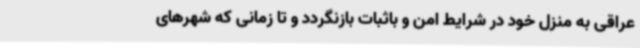
عراقی به منزل خود در شرایط امن و باثبات بازنگردد و تا زمانی که شهرهای